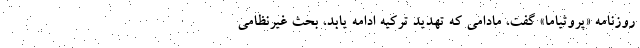
روزنامه «پروثیاما» گفت، مادامی که تهدید ترکیه ادامه یابد، بحث غیرنظامی